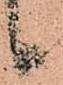
候